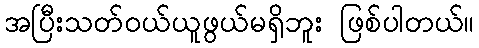
အပြီးသတ်ဝယ်ယူဖွယ်မရှိဘူး ဖြစ်ပါတယ်။